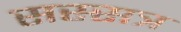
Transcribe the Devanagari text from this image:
सस्सत्र